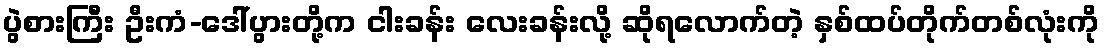
ပွဲစားကြီး ဦးကံ-ဒေါ်ပွားတို့က ငါးခန်း လေးခန်းလို့ ဆိုရလောက်တဲ့ နှစ်ထပ်တိုက်တစ်လုံးကို